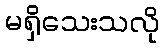
မရှိသေးသလို